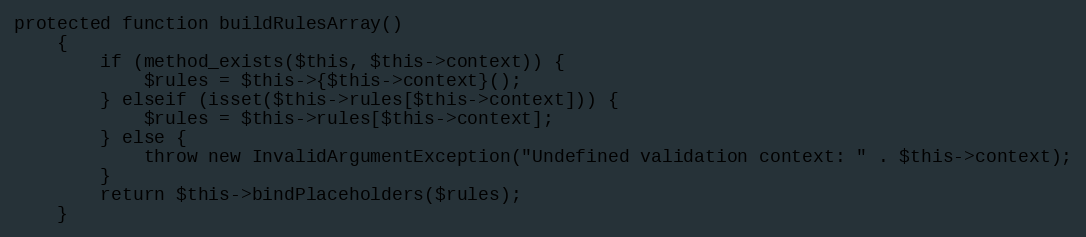
Language: PHP
protected function buildRulesArray()
    {
        if (method_exists($this, $this->context)) {
            $rules = $this->{$this->context}();
        } elseif (isset($this->rules[$this->context])) {
            $rules = $this->rules[$this->context];
        } else {
            throw new InvalidArgumentException("Undefined validation context: " . $this->context);
        }
        return $this->bindPlaceholders($rules);
    }